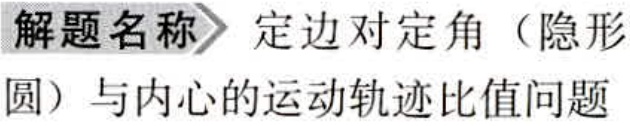
\textbf{解题名称} 定边对定角（隐形圆）与内心的运动轨迹比值问题